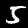
Label: 5